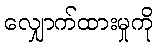
လျှောက်ထားမှုကို